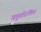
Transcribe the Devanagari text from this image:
चतुर्तारांकित